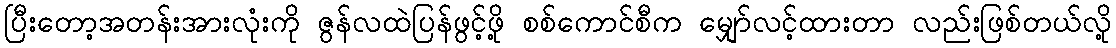
ပြီးတော့အတန်းအားလုံးကို ဇွန်လထဲပြန်ဖွင့်ဖို့ စစ်ကောင်စီက မျှော်လင့်ထားတာ လည်းဖြစ်တယ်လို့